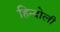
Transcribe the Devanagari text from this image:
हिन्दोली